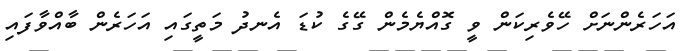
އަހަރެންނަށް ހޭވެރިކަން ވީ ގޮއްޔެމެން ގޭގެ ކުޑަ އެނދު މަތީގައި އަހަރެން ބާއްވާފައި